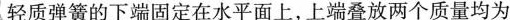
轻质弹簧的下端固定在水平面上，上端叠放两个质量均为